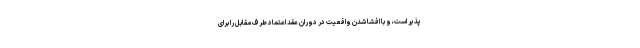
پذیر است، و با افشا شدن واقعیت در دوران عقد اعتماد طرف مقابل را برای